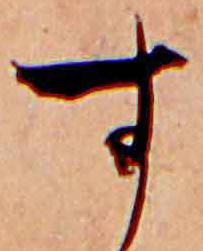
す